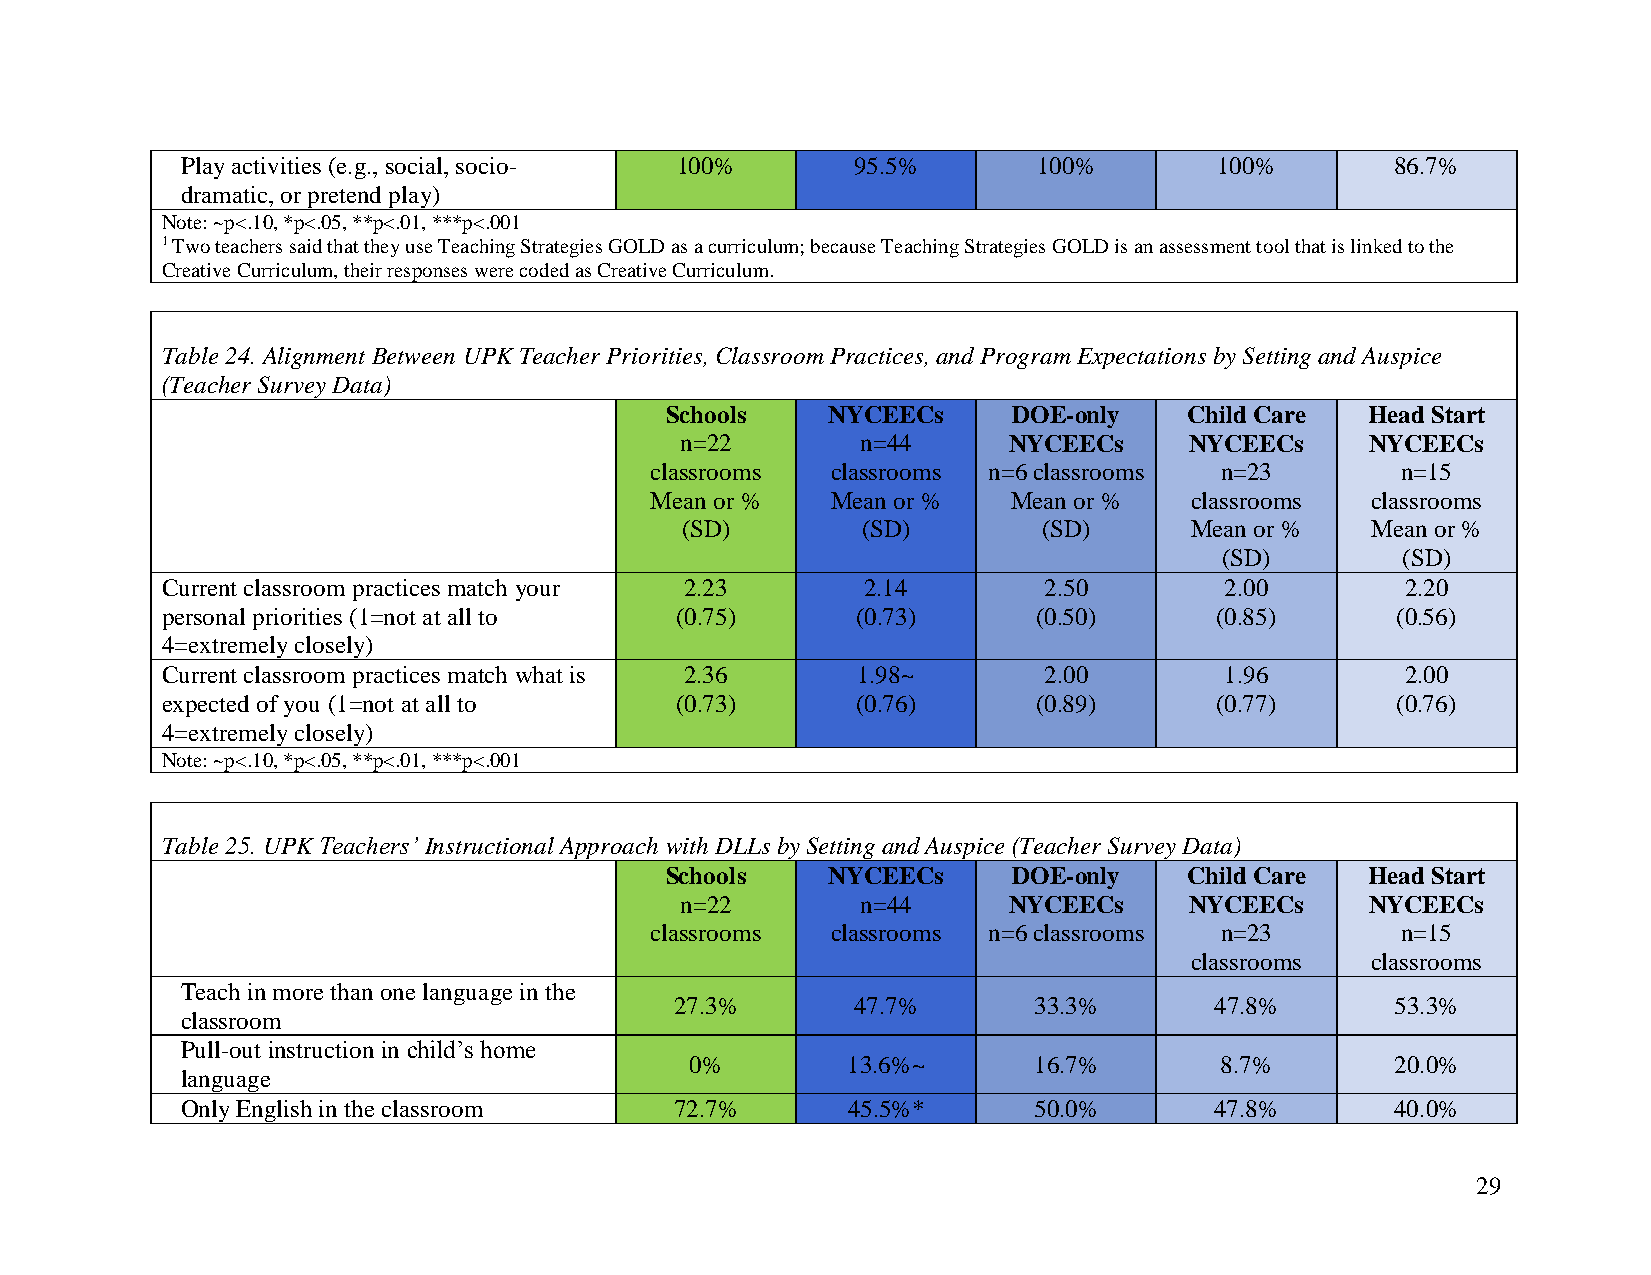
Play activities (e.g., social, socio- 100%  95.5%        100%        100%       86.7%
 dramatic, or pretend play)
 Note: ~p<.10, *p<.05, **p<.01, ***p<.001
 1 Two teachers said that they use Teaching Strategies GOLD as a curriculum; because Teaching Strategies GOLD is an assessment tool that is linked to the
 Creative Curriculum, their responses were coded as Creative Curriculum.
 Table 24. Alignment Between UPK Teacher Priorities, Classroom Practices, and Program Expectations by Setting and Auspice
 (Teacher Survey Data)
 Schools    NYCEECs     DOE-only    Child Care  Head Start
 n=22        n=44      NYCEECs     NYCEECs     NYCEECs
 classrooms  classrooms n=6 classrooms n=23        n=15
 Mean or %   Mean or %   Mean or %   classrooms  classrooms
 (SD)        (SD)        (SD)      Mean or %   Mean or %
 (SD)        (SD)
 Current classroom practices match your 2.23   2.14        2.50        2.00        2.20
 personal priorities (1=not at all to (0.75)   (0.73)      (0.50)     (0.85)      (0.56)
 4=extremely closely)
 Current classroom practices match what is 2.36 1.98~      2.00        1.96        2.00
 expected of you (1=not at all to  (0.73)      (0.76)      (0.89)     (0.77)      (0.76)
 4=extremely closely)
 Note: ~p<.10, *p<.05, **p<.01, ***p<.001
 Table 25. UPK Teachers’ Instructional Approach with DLLs by Setting and Auspice (Teacher Survey Data)
 Schools    NYCEECs     DOE-only    Child Care  Head Start
 n=22        n=44      NYCEECs     NYCEECs     NYCEECs
 classrooms  classrooms n=6 classrooms n=23        n=15
 classrooms  classrooms
 Teach in more than one language in the
 27.3%      47.7%       33.3%       47.8%       53.3%
 classroom
 Pull-out instruction in child’s home
 0%        13.6%~      16.7%        8.7%       20.0%
 language
 Only English in the classroom    72.7%      45.5%*      50.0%       47.8%       40.0%
 29